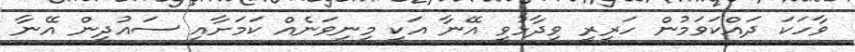
ވާހަކަ ދައްކަވަމުން ހަރީރީ ވިދާޅުވީ އޭނާ އަކީ މިނިވަނެއް ކަމަށާއި ސައުދީން އޭނާ